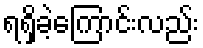
ရရှိခဲ့ကြောင်းလည်း